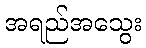
အရည်အသွေး